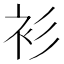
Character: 衫